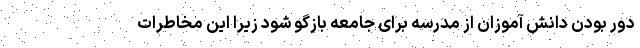
دور بودن دانش آموزان از مدرسه برای جامعه بازگو شود زیرا این مخاطرات